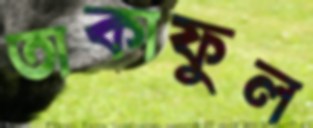
তাকাফুল